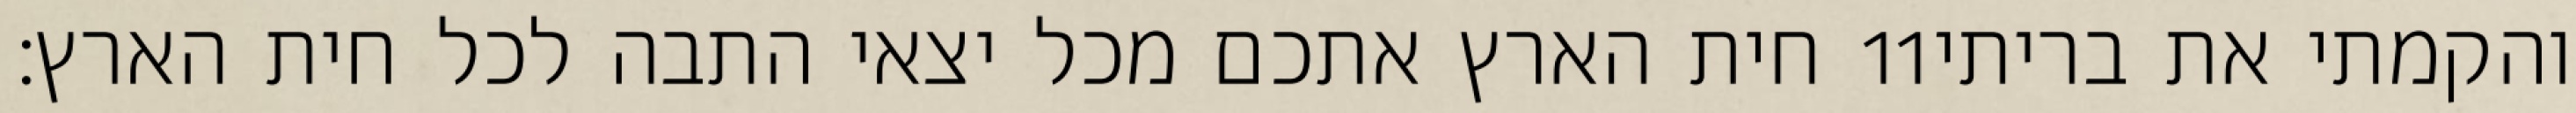
חית הארץ אתכם מכל יצאי התבה לכל חית הארץ׃ ‎11‏ והקמתי את בריתי